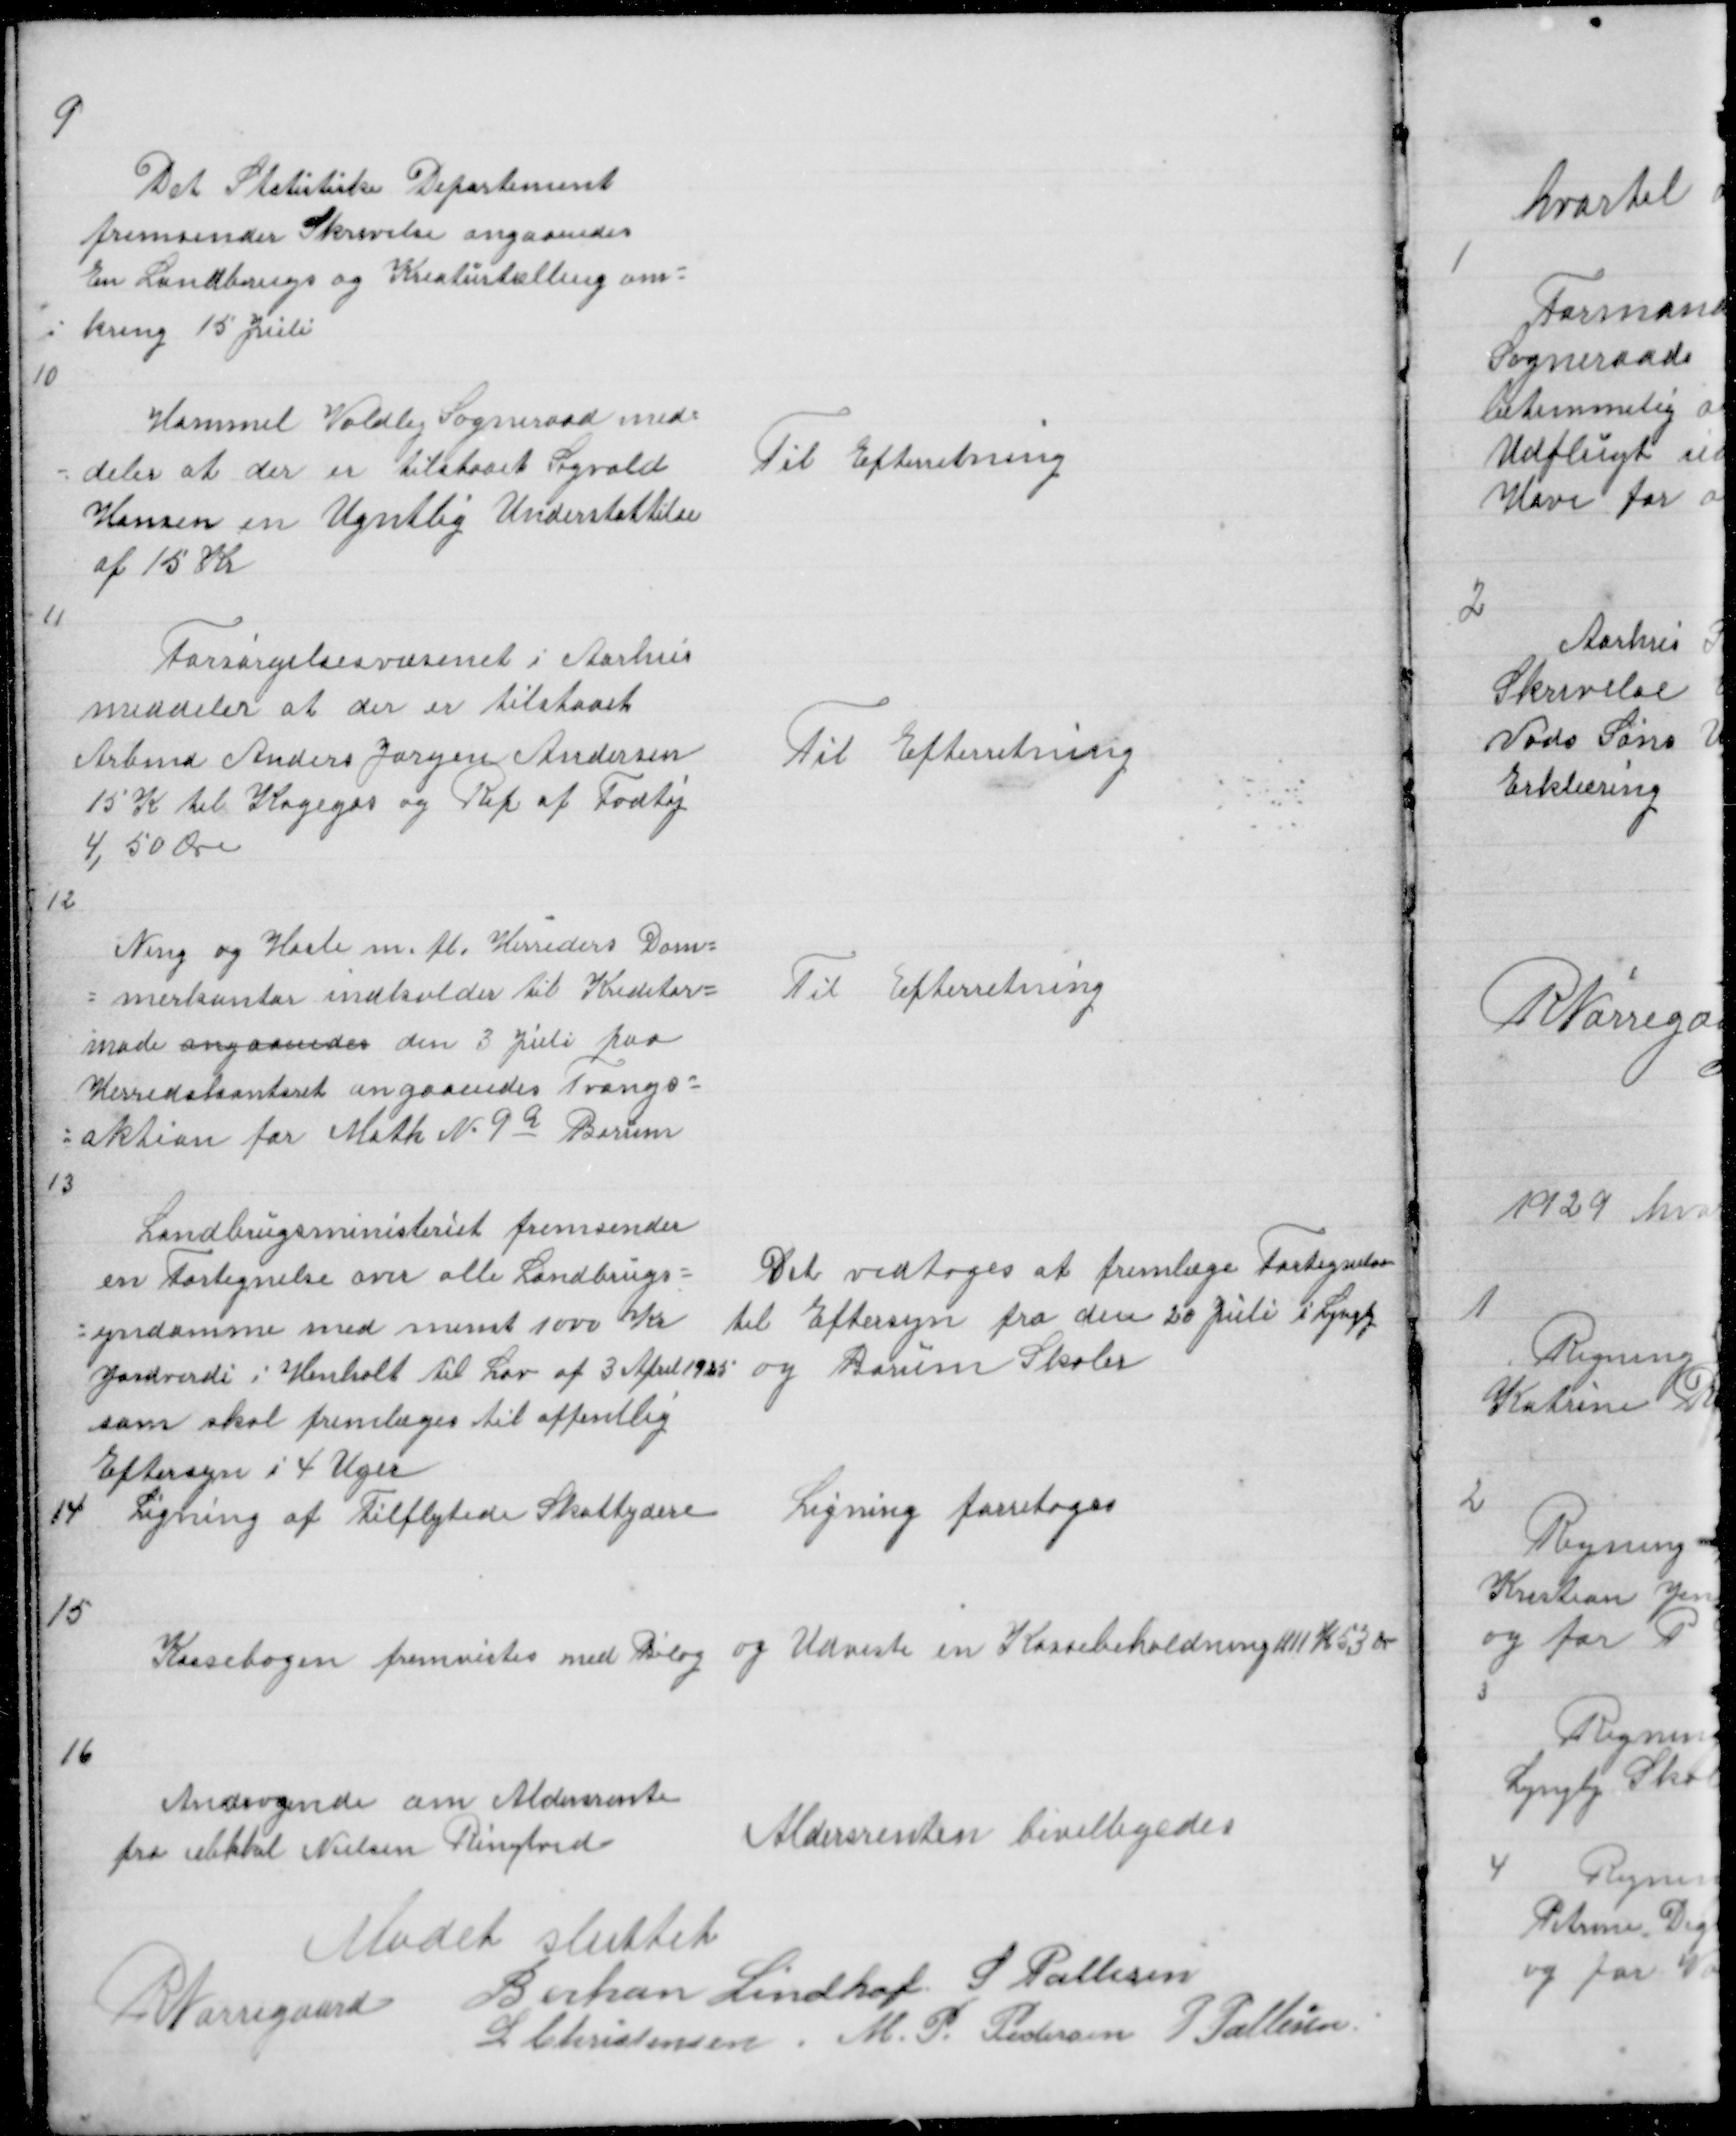
Transskription:
9

Det Statistiske Departement
fremsender Skrivelse angaaendes
En Landbrugs og Kreaturtælling om =
= kring 15 Juli

10

Hammel Voldby Sogneraad med =
= deler at der er tilstaaet Sigvald
Hansen en Ugntlig Understøttelse
af 15 Kr

Til Efterretning

11

Forsørgelsesvæsenet i Aarhus
meddeler at der er tilstaaet
Arbmd Anders Jørgen Andersen
15 Kr til Kogegas og Rep af Fodtøj
4,50

Til Efterretning

12

Ning og Hasles m fl Herreders Dom =
= merkontor indkalder til Kreditor =
møde angaaendes den 3 Juli paa
Herredskontoret angaaendes Tvangs =
= aktion for Matk No 9a Borum

Til Efterretning

13

Landbrugsministeriet fremsender
en Fortegnelse over alle Landbrugs =
Det vedtoges at fremlæge Fortegnelsen
= ejndomme med minst 1000 Kr
til Eftersyn fra den 20 Juli i Lyngby
Jordverdi i Henhold til Lov af 3 April 1925 og Lyngby Skoler
som skal fremlæges til offentlig
Eftersyn i 4 Uger
14
Ligning af Tilflytede Skattydere
Ligning foretoges

15

Kassebogen fremvistes med Bilag og Udviste en Kassebeholdning 1111 K 53 Øre

16

Andragende om Aldersrente
fra Mikkel Nielsen Ringtved

Aldersrenten bevilligedes

Mødet sluttet
R Nørregaard
Bertran Lindhof S Pallesen
L Christensen
M P Pedersen P Pallesen